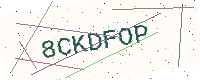
Text: 8CKDFOP